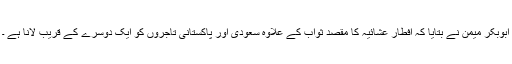
ابوبکر میمن نے بتایا کہ افطار عشائیہ کا مقصد ثواب کے علاوہ سعودی اور پاکستانی تاجروں کو ایک دوسرے کے قریب لانا ہے ۔